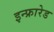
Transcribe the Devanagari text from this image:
इन्‍फ्रारेड